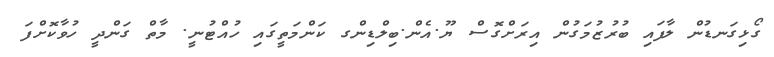
ގޯޅިގަނޑުން ލާފައި ބުރުޒުމަގުން އިރަށްގޮސް ޔޫ.އެން.ބިލްޑިންގ ކަންމަތީގައި ހުއްޓުނީ. މާތް ގަންދީ ހުވާކޮށްފަ